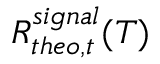
R _ { t h e o , t } ^ { s i g n a l } ( T )